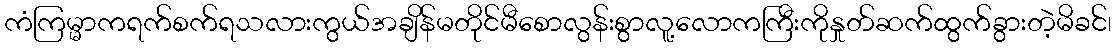
ကံကြမ္မာကရက်စက်ရသလားကွယ်အချိန်မတိုင်မီစောလွန်းစွာလူ့လောကကြီးကိုနှုတ်ဆက်ထွက်ခွားတဲ့မိခင်၊